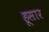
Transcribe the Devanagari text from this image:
हूसार